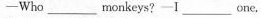
—Who ____ monkeys?—I ___ one.